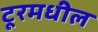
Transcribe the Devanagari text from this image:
टूरमधील